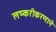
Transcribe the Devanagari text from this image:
लष्करीकरणाने